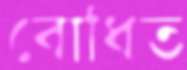
বোধিত